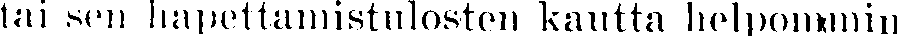
tai sen hapettamistulosten kautta helpommin